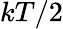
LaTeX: kT/2